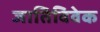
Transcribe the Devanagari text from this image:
जातिविवेक